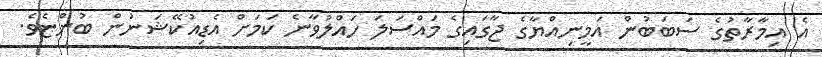
އެ އިމާރާތުގެ ސަބަބުން އަމީނިއްޔާގެ ޖާގައިގެ މައްސަލަ ހައްލުވާނެ ކަމަށް އެޑިއުކޭޝަނުން ބުންޏެވެ.